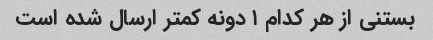
بستنی از هر کدام ۱ دونه کمتر ارسال شده است